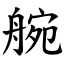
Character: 䑱